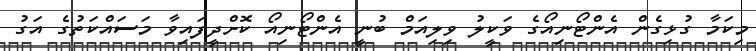
މިކަމާ ގުޅިގެން އެންޓޯނިއޯގެ ވަކީލު ވިލިއަމް ބުނީ އެންޓޯނިއޯ ކޮށްދީފައިވާ މަސައްކަތުގެ އަގު